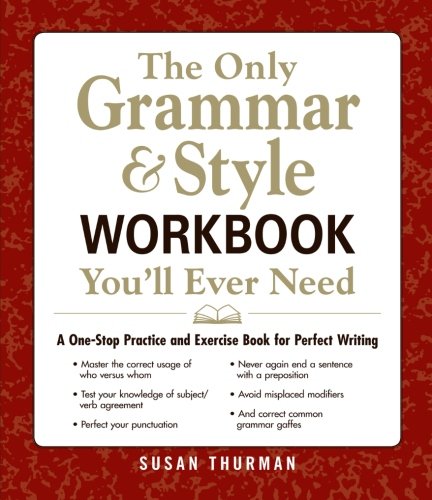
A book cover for The Only Grammar & Style Workbook You'll Ever Need: A One-Stop Practice and Exercise Book for Perfect Writing; Susan Thurman; Reference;